Vaccination report Assam 1874-1896 - 1874-1896
Year: 1874
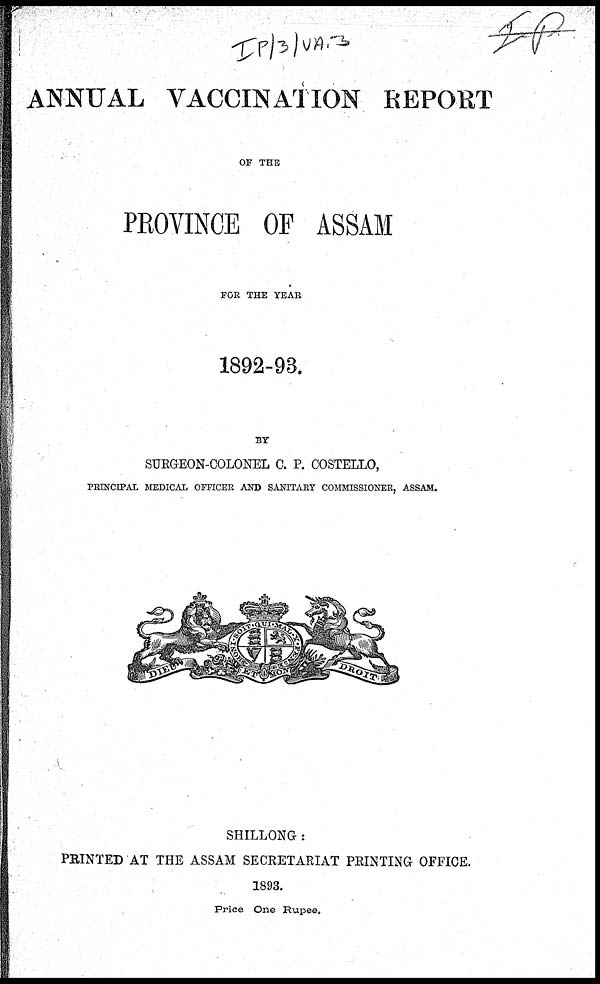
ANNUAL VACCINATION REPORT
OF THE
PROVINCE OF ASSAM
FOR THE YEAR
1892-93.
BY
SURGEON-COLONEL C. P. COSTELLO,
PRINCIPAL MEDICAL OFFICER AND SANITARY COMMISSIONER, ASSAM.
SHILLONG :
PRINTED AT THE ASSAM SECRETARIAT PRINTING OFFICE.
1893.
Price One Rupee.